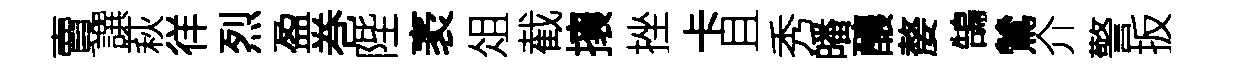
賣譔萩徉烈盈巻陛袤俎截攘挫卡且秀皤釀嫠鵠鷥介警扳